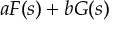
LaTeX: a F ( s ) + b G ( s )